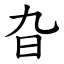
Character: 旮